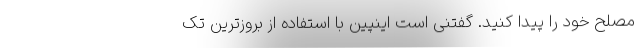
مصلح خود را پیدا کنید. گفتنی است اینپین با استفاده از بروزترین تک